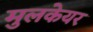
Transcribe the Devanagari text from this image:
मुलकेयर